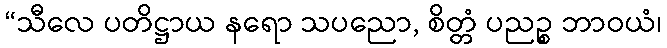
“သီလေ ပတိဋ္ဌာယ နရော သပညော, စိတ္တံ ပညဉ္စ ဘာဝယံ၊